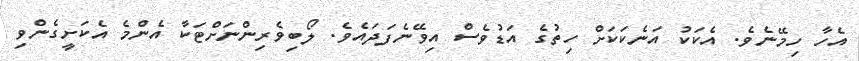
އެހާ ހިމޭނެވެ. އެކަކު އަނެކަކަށް ހިތުގެ އަޑުވެސް އިވޭނެފަދައެވެ. ލޯބިވެރިންނަށްޓަކާ އެންމެ އެކަށީގެންވި